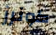
كونرز